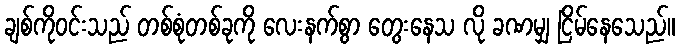
ချစ်ကိုဝင်းသည် တစ်စုံတစ်ခုကို လေးနက်စွာ တွေးနေသ လို ခဏမျှ ငြိမ်နေသေည်။